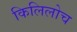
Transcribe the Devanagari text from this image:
किलिलोच